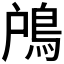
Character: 𩿇